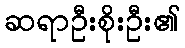
ဆရာဦးစိုးဦး၏